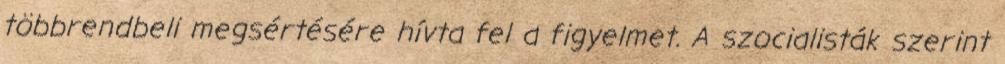
többrendbeli megsértésére hívta fel a figyelmet. A szocialisták szerint